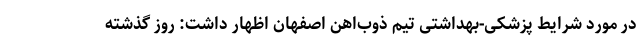
در مورد شرایط پزشکی-بهداشتی تیم ذوب‌اهن اصفهان اظهار داشت: روز گذشته